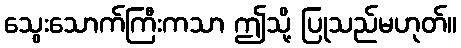
သွေးသောက်ကြီးကသာ ဤသို့ ပြုသည်မဟုတ်။